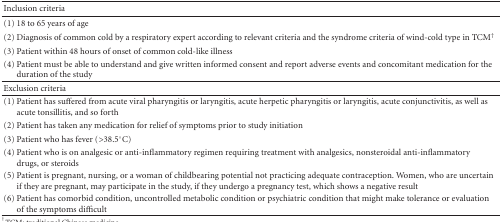
<table><thead><tr><td><b>Inclusion criteria</b></td><td><b> </b></td></tr></thead><tbody><tr><td>(1) 18 to 65 years of age</td><td> </td></tr><tr><td>(2) Diagnosis of common cold by a respiratory expert according to relevant criteria and the syndrome criteria of wind-cold type in TCM<sup>†</sup></td><td> </td></tr><tr><td>(3) Patient within 48 hours of onset of common cold-like illness</td><td> </td></tr><tr><td>(4) Patient must be able to understand and give written informed consent and report adverse events and concomitant medication for the duration of the study</td><td> </td></tr><tr><td>Exclusion criteria</td><td> </td></tr><tr><td>(1) Patient has suffered from acute viral pharyngitis or laryngitis, acute herpetic pharyngitis or laryngitis, acute conjunctivitis, as well as acute tonsillitis, and so forth</td><td> </td></tr><tr><td>(2) Patient has taken any medication for relief of symptoms prior to study initiation</td><td> </td></tr><tr><td>(3) Patient who has fever (&gt;38.5°C)</td><td> </td></tr><tr><td>(4) Patient who is on analgesic or anti-inflammatory regimen requiring treatment with analgesics, nonsteroidal anti-inflammatory drugs, or steroids</td><td> </td></tr><tr><td>(5) Patient is pregnant, nursing, or a woman of childbearing potential not practicing adequate contraception. Women, who are uncertain if they are pregnant, may participate in the study, if they undergo a pregnancy test, which shows a negative result</td><td> </td></tr><tr><td>(6) Patient has comorbid condition, uncontrolled metabolic condition or psychiatric condition that might make tolerance or evaluation of the symptoms difficult</td><td> </td></tr></tbody></table>